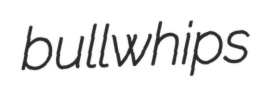
bullwhips